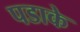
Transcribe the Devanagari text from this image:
पडाके